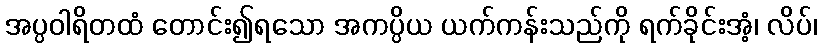
အပ္ပဝါရိတထံ တောင်း၍ရသော အကပ္ပိယ ယက်ကန်းသည်ကို ရက်ခိုင်းအံ့၊ လိပ်၊